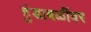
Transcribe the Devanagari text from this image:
हुंडाबळींवर